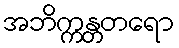
အဘိက္ကန္တတရော